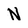
Character: N